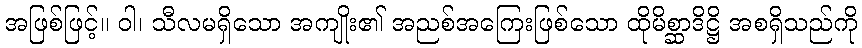
အဖြစ်ဖြင့်။ ဝါ၊ သီလမရှိသော အကျိုး၏ အညစ်အကြေးဖြစ်သော ထိုမိစ္ဆာဒိဋ္ဌိ အစရှိသည်ကို